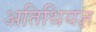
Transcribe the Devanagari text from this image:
अतिथियज्ञ